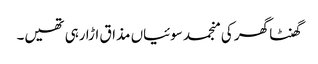
گھنٹا گھر کی منجمد سوئیاں مذاق اڑا رہی تھیں۔